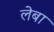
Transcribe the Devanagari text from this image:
लेबा